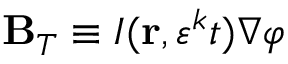
\mathbf { B } _ { T } \equiv I ( \mathbf { r } , \varepsilon ^ { k } t ) \nabla \varphi